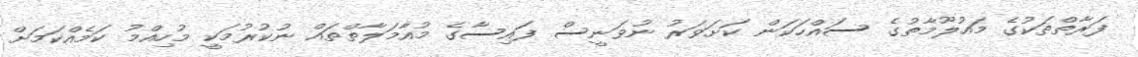
ފަރާތްތަކުގެ މައުލޫމާތުގެ ސައްހަކަން ކަށަވަރު ނުވަނީސް ފައިސާގެ މުއާމަލާތްތައް ނުކުރުމަކީ މުހިއްމު ކަމެއްކަމަށް